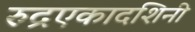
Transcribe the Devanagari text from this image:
रुद्रएकादशिनी